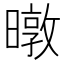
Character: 暾